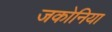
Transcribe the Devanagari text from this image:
जकोनिया